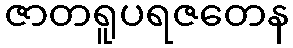
ဇာတရူပရဇတေန